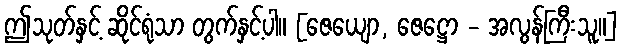
ဤသုတ်နှင့် ဆိုင်ရုံသာ တွက်နှင့်ပါ။ [ဇေယျော, ဇေဋ္ဌော - အလွန်ကြီးသူ။]